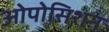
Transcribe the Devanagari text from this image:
ओपोसिशन